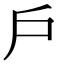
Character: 戶